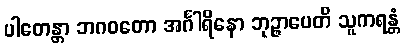
ပါတေန္တာ ဘဂဝတော အင်္ဂါရိနော ဘုဉ္ဇာပေတိ သူကရန္တံ